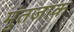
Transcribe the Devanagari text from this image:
मुंतजाक